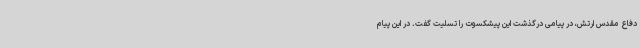
دفاع مقدس ارتش، در پیامی درگذشت این پیشکسوت را تسلیت گفت. در این پیام